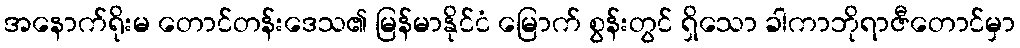
အနောက်ရိုးမ တောင်တန်းဒေသ၏ မြန်မာနိုင်ငံ မြောက် စွန်းတွင် ရှိသော ခါကာဘိုရာဇီတောင်မှာ